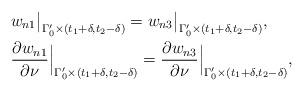
LaTeX: \begin{align*}& w_{n1}\big|_{\Gamma_0'\times(t_1+\delta,t_2-\delta)}=w_{n3}\big|_{\Gamma_0'\times(t_1+\delta,t_2-\delta)}, \\ &\frac{\partial w_{n1}}{\partial \nu}\Big|_{\Gamma_0'\times(t_1+\delta,t_2-\delta)}= \frac{\partial w_{n3}}{\partial \nu}\Big|_{\Gamma_0'\times(t_1+\delta,t_2-\delta)}, \end{align*}